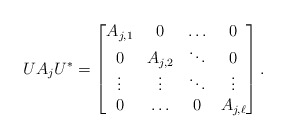
\begin{align*}UA_j U^*=\begin{bmatrix}A_{j,1}& 0& \ldots&0\\ 0& A_{j,2}& \ddots&0\\ \vdots&\vdots&\ddots&\vdots\\ 0&\ldots&0& A_{j,\ell}\end{bmatrix}.\end{align*}